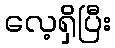
လေ့ရှိပြီး